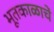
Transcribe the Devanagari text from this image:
भूतकाळाचें